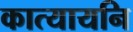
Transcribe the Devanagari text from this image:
कात्यायनि